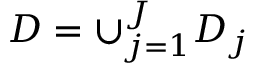
D = \cup _ { j = 1 } ^ { J } D _ { j }